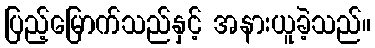
ပြည့်မြောက်သည်နှင့် အနားယူခဲ့သည်။